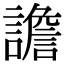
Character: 譫